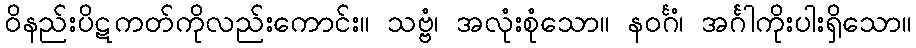
ဝိနည်းပိဋကတ်ကိုလည်းကောင်း။ သဗ္ဗံ၊ အလုံးစုံသော။ နဝင်္ဂံ၊ အင်္ဂါကိုးပါးရှိသော။